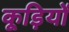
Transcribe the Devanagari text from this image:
कूड़ियों